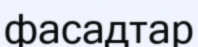
фасадтар